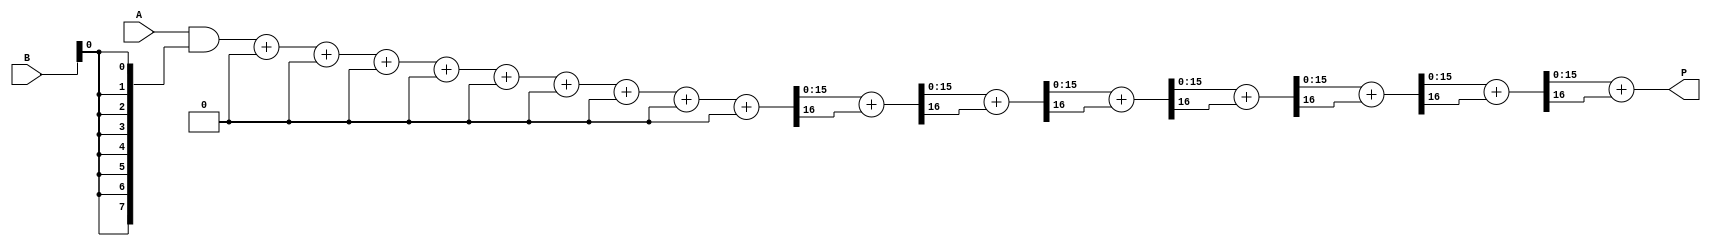
module wallace_tree_multiplier #(parameter N = 8, M = 8) (
    input [N-1:0] A, // N-bit multiplicand
    input [M-1:0] B, // M-bit multiplier
    output reg [N+M-1:0] P // (N+M)-bit product
);

    // Partial product generation
    wire [N-1:0] pp [0:M-1]; // Partial products
    genvar i;
    generate
        for (i = 0; i < M; i = i + 1) begin: pp_gen
            assign pp[i] = A & {N{B[i]}}; // AND operation to generate partial products
        end
    endgenerate

    // Wallace tree reduction
    wire [N+M-1:0] sum [0:N+M-1]; // Intermediate sums
    wire [N+M-1:0] carry [0:N+M-1]; // Intermediate carries

    // Stage 1: Using half adders and full adders to reduce partial products
    // This example illustrates a simple reduction; you may need to expand this for more levels.
    integer j;
    always @(*) begin
        // Initialize sums and carries
        for (j = 0; j < N + M; j = j + 1) begin
            sum[j] = 0;
            carry[j] = 0;
        end
        
        // First level of reduction
        for (j = 0; j < M; j = j + 1) begin
            if (j < N) begin
                {carry[j], sum[j]} = pp[j]; // First level sum
            end
        end

        // Second level of reduction
        for (j = 0; j < N + M - 1; j = j + 1) begin
            if (j < N + M - 1) begin
                {carry[j+1], sum[j+1]} = sum[j] + carry[j]; // Add carry to the next level
            end
        end
        
        // Final addition
        P = sum[N + M - 1] + carry[N + M - 1]; // Final product
    end

endmodule